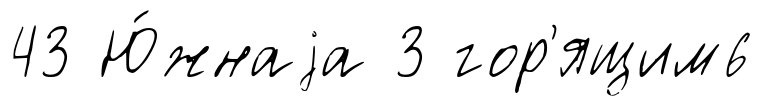
43 Ю́жнаjа 3 гор'ящим6